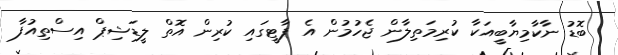
ބޮޑު ނާކާމިޔާބީއަކާ ކުރިމަތިލާން ޖެހުމުން އެ ޕާޓީގައި ކުރިން އޮތް ލީޑަޝިޕް އިސްތިއުފާ